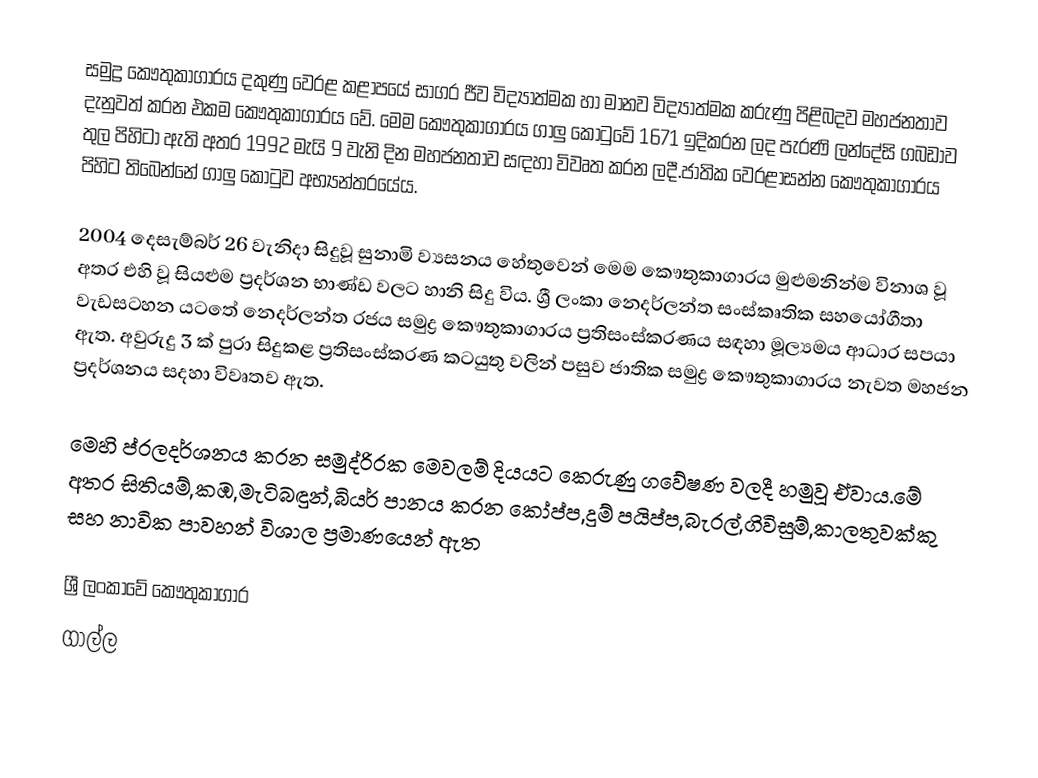
සමුද්‍ර කෞතුකාගාරය දකුණු වෙරළ කළාපයේ සාගර ජීව විද්‍යාත්මක හා මානව විද්‍යාත්මක කරුණු පිළිබදව මහජනතාව දැනුවත් කරන එකම කෞතුකාගාරය ‍වේ. මෙම කෞතුකාගාරය ගාලු කොටු‍වේ 1671 ඉදිකරන ලද පැරණි ලන්දේසි ගබඩාව තුල පිහිටා ඇති අතර 1992 මැයි 9 වැනි දින මහජනතාව සඳහා විවෘත කරන ලදී.ජාතික වෙරළාසන්න කෞතුකාගාරය පිහිට තිබෙන්නේ ගාලු කොටුව අභ්‍යන්තරයේය.

2004 දෙසැම්බර්  26 වැනිදා සිදුවූ සුනාමි  ව්‍යසනය හේතුවෙන් මෙම කෞතුකාගාරය මුළුමනින්ම විනාශ වූ අතර එහි වූ සියළුම ප්‍රදර්ශන භාණ්ඩ වලට හානි සිදු විය. ශ්‍රී ලංකා නෙදර්ලන්ත සංස්කෘතික සහයෝගීතා වැඩසටහන යටතේ නෙදර්ලන්ත රජය සමුද්‍ර කෞතුකාගාරය ප්‍රතිසංස්කරණය සඳහා මූල්‍යමය ආධාර සපයා ඇත. අවුරුදු 3 ක් පුරා සිදුකළ ප්‍රතිසංස්කරණ කටයුතු වලින් පසුව ජාතික සමුද්‍ර කෞතුකාගාරය නැවත  මහජන ප්‍රදර්ශනය සදහා විවෘතව ඇත.

මෙහි ප්රලදර්ශනය කරන සමුද්රිරක මෙවලම් දියයට කෙරුණු ගවේෂණ වලදී හමුවූ ඒවාය.මේ අතර සිතියම්,කඹ,මැටිබඳුන්,බියර් පානය කරන කෝප්ප,දුම් පයිප්ප,බැරල්,ගිවිසුම්,කාලතුවක්කු සහ නාවික පාවහන්   විශාල ප්‍රමාණයෙන් ඇත

ශ්‍රී ලංකාවේ කෞතුකාගාර
ගාල්ල